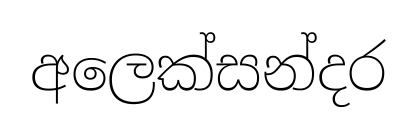
අලෙක්සන්දර